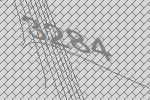
3284